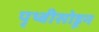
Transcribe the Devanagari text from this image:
पृथ्वीसोडून